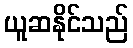
ယူဆနိုင်သည်